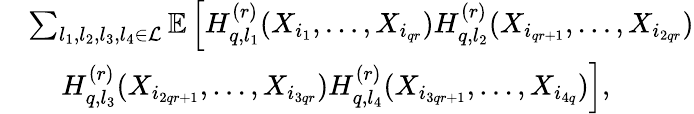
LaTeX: \begin{array}{rl}&{\sum_{l_{1},l_{2},l_{3},l_{4}\in\mathcal{L}}\mathbb{E}\left[H_{q,l_{1}}^{(r)}(X_{i_{1}},\ldots,X_{i_{qr}})H_{q,l_{2}}^{(r)}(X_{i_{qr+1}},\ldots,X_{i_{2qr}})\right.}\\ &{~~~~\left.H_{q,l_{3}}^{(r)}(X_{i_{2qr+1}},\ldots,X_{i_{3qr}})H_{q,l_{4}}^{(r)}(X_{i_{3qr+1}},\ldots,X_{i_{4q}})\right],}\end{array}